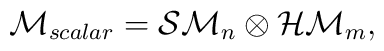
{\cal M}_{scalar}={\cal SM}_n \otimes {\cal HM}_m,